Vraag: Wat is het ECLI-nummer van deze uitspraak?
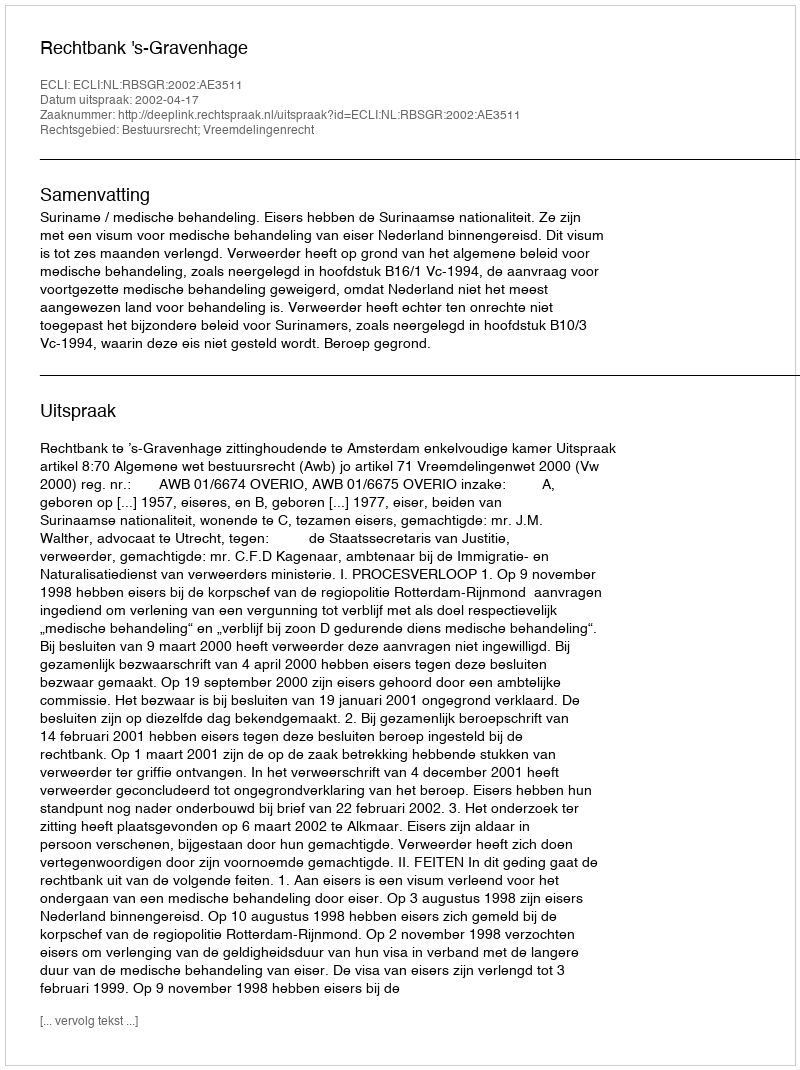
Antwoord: ECLI:NL:RBSGR:2002:AE3511